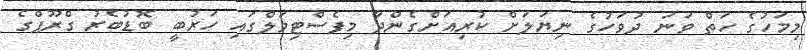
މިމަހުގެ ހަތް ވަނަ ދުވަހުގެ ނިޔަލަށް ކުރިއަށްގެންދާ މިފެސްޓިވަލްގައި ހަރުބީ ބޮޑުބެރު ގްރޫޕްގެ